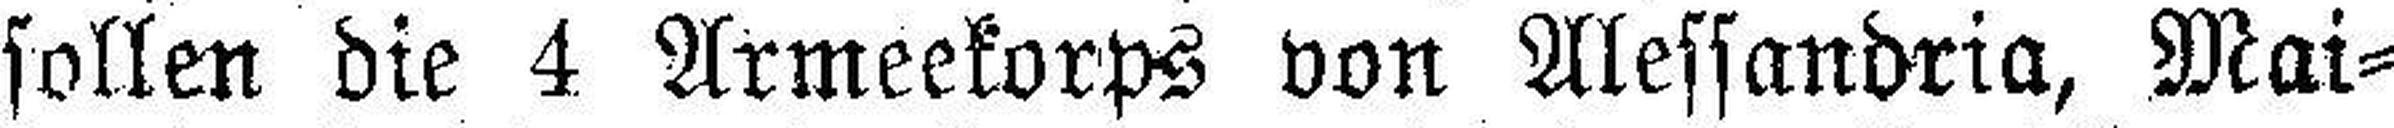
sollen die 4 Armeekorps von Alessandria, Mai¬